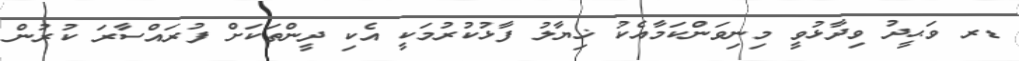
ޑރ ވަޙީދު ވިދާޅުވީ މިނިވަންކަމާއެކު ޚިޔާލު ފާޅުކުރުމަކީ އެކި ދީންތަކަށް ފުރައްސާރަ ކުރުން